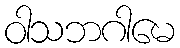
ဝါသဘဂါမေ